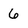
Character: 6